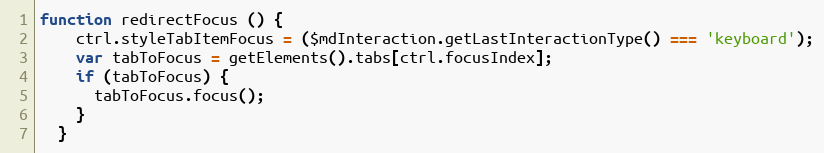
Language: JavaScript
function redirectFocus () {
    ctrl.styleTabItemFocus = ($mdInteraction.getLastInteractionType() === 'keyboard');
    var tabToFocus = getElements().tabs[ctrl.focusIndex];
    if (tabToFocus) {
      tabToFocus.focus();
    }
  }